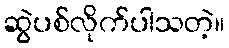
ဆွဲပစ်လိုက်ပါသတဲ့။